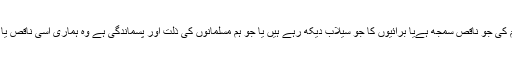
آج ہم مسلمانوں میں اسلام کی جو ناقص سمجھ ہےیا برائیوں کا جو سیلاب دیکھ رہے ہیں یا جو ہم مسلمانوں کی ذلت اور پسماندگی ہے وہ ہماری اسی ناقص یا غلط پالیسی کا نتیجہ ہے۔